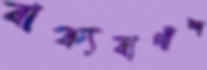
বাক্যবাগীশ